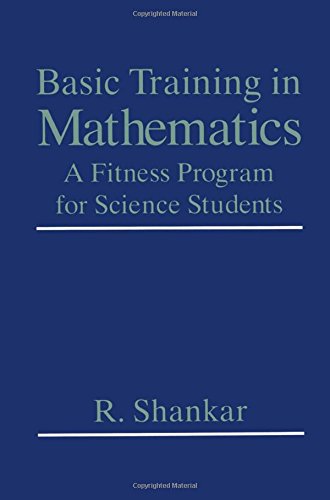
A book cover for Basic Training in Mathematics: A Fitness Program for Science Students; R. Shankar; Science & Math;